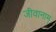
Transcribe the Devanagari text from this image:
जीवानाम्‌